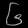
Digit: ၆